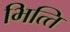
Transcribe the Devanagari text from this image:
भित्‍ति